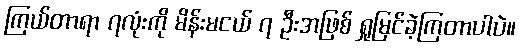
ကြယ်တာရာ ၇လုံးကို မိန်းမငယ် ၇ ဦးအဖြစ် ရှုမြင်ခဲ့ကြတာပါပဲ။